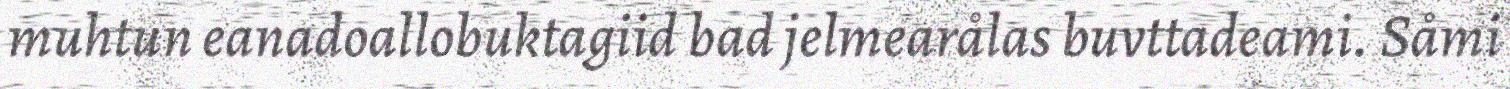
muhtun eanadoallobuktagiid bad jelmearålas buvttadeami. Såmi